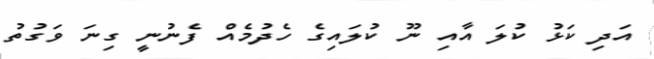
އަދި ކަޅު ކުލަ އާއި ނޫ ކުލައިގެ ހެދުމެއް ފެނުނީ ގިނަ ވަގުތު